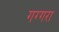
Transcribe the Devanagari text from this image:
गग्गरा